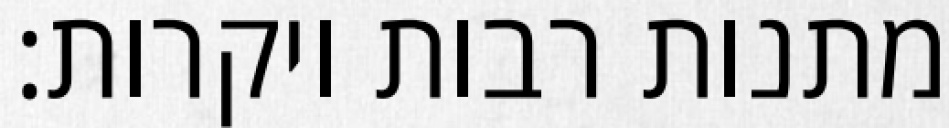
מתנות רבות ויקרות: